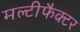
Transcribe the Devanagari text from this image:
मल्टीफैक्टर